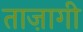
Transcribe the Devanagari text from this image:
ताज़ागी